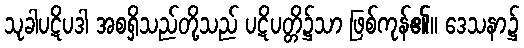
သုခါပဋိပဒါ အစရှိသည်တို့သည် ပဋိပတ္တိ၌သာ ဖြစ်ကုန်၏။ ဒေသနာ၌